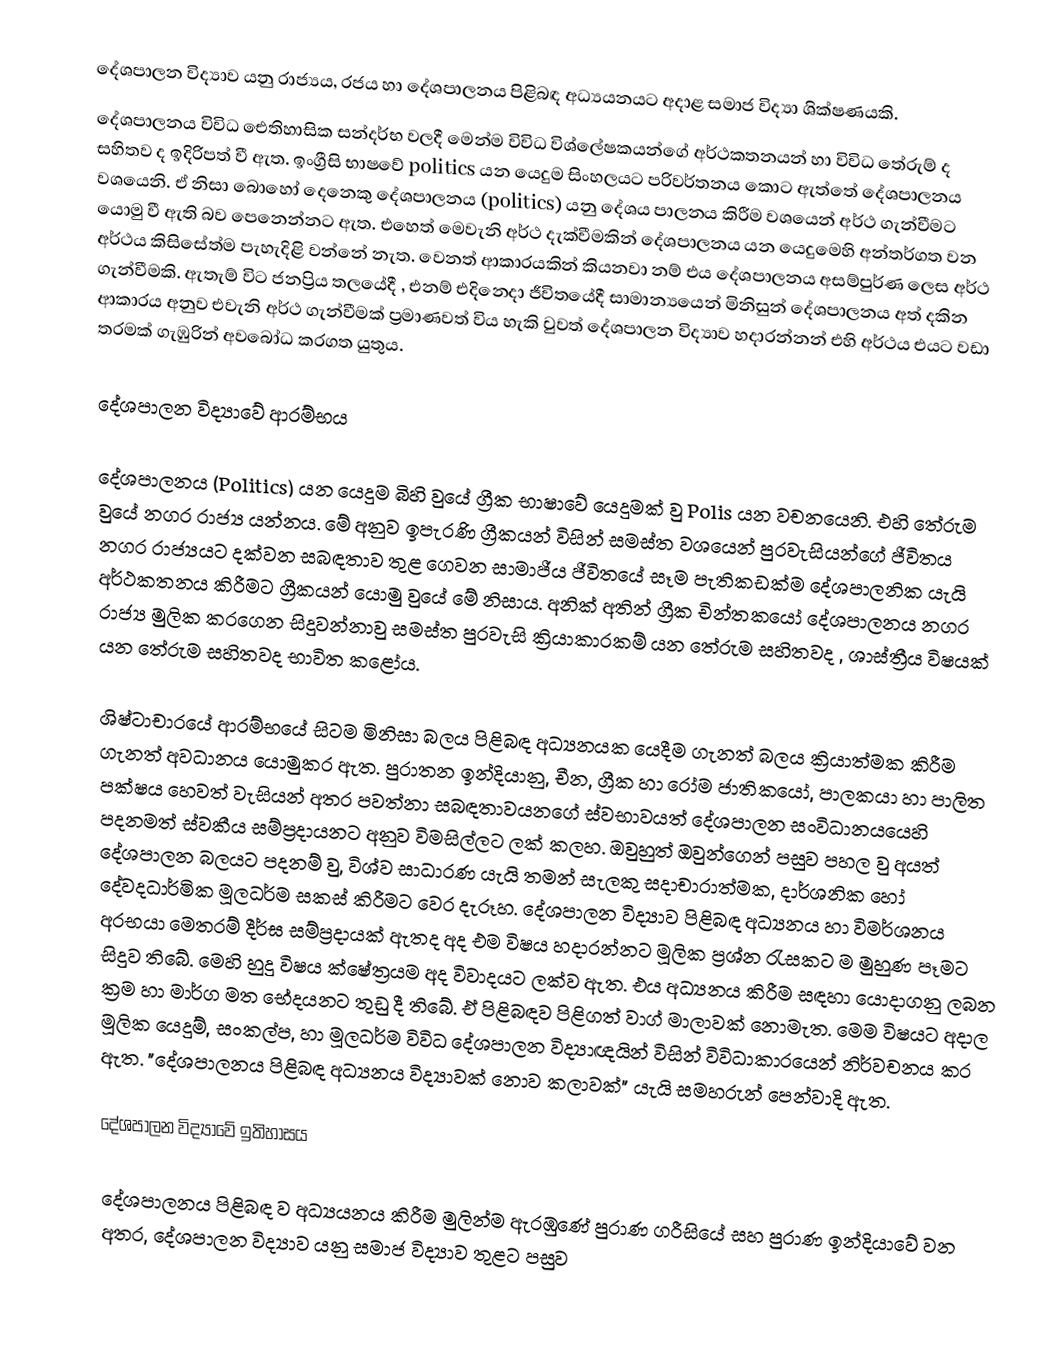
දේශපාලන විද්‍යාව යනු රාජ්‍යය, රජය හා දේශපාලනය පිළිබඳ අධ්‍යයනයට අදාළ   සමාජ විද්‍යා ශික්ෂණයකි.
දේශපාලනය විවිධ ඓතිහාසික සන්දර්භ වලදී මෙන්ම විවිධ විශ්ලේෂකයන්ගේ අර්ථකතනයන් හා විවිධ තේරුම් ද සහිතව ද ඉදිරිපත් වී ඇත. ඉංග්‍රීසි භාෂවේ politics යන යෙදුම සිංහලයට පරිවර්තනය කොට ඇත්තේ දේශපාලනය වශයෙනි. ඒ නිසා බොහෝ දෙනෙකු දේශපාලනය (politics) යනු දේශය පාලනය කිරීම වශයෙන් අර්ථ ගැන්වීමට යොමු වී ඇති බව පෙනෙන්නට ඇත. එහෙත් මෙවැනි අර්ථ දැක්වීමකින් දේශපාලනය යන යෙදුමෙහි අන්තර්ගත වන අර්ථය කිසිසේත්ම පැහැදිළි වන්නේ නැත. වෙනත් ආකාරයකින් කියනවා නම් එය දේශපාලනය අසම්පුර්ණ ලෙස අර්ථ ගැන්වීමකි. ඇතැම් විට ජනප්‍රිය තලයේදී , එනම් එදිනෙදා ජීවිතයේදී සාමාන්‍යයෙන් මිනිසුන් දේශපාලනය අත් දකින ආකාරය අනුව එවැනි අර්ථ ගැන්වීමක් ප්‍රමාණවත් විය හැකි වුවත් දේශපාලන විද්‍යාව හදාරන්නන් එහි අර්ථය එයට වඩා තරමක් ගැඹුරින් අව‍බෝධ කරගත යුතුය.

දේශපාලන විද්‍යාවේ ආරම්භය

දේශපාලනය (Politics) යන යෙදුම බිහි වුයේ ග්‍රීක භාෂාවේ යෙදුමක් වු Polis යන වචනයෙනි. එහි තේරුම වුයේ නගර රාජ්‍ය යන්නය. මේ අනුව ඉපැරණි ග්‍රීකයන් විසින් සමස්ත වශයෙන් පුරවැසියන්ගේ ජීවිතය නගර රාජ්‍යයට දක්වන සබඳතාව තුළ ගෙවන සාමාජීය ජීවිතයේ සෑම පැතිකඩක්ම දේශපාලනික යැයි අර්ථකතනය කිරීමට ග්‍රීකයන් යොමු වුයේ මේ නිසාය. අනික් අතින් ග්‍රීක චින්තකයෝ දේශපාලනය නගර රාජ්‍ය මුලික කරගෙන සිදුවන්නාවු සමස්ත පුරවැසි ක්‍රියාකාරකම් යන තේරුම සහිතවද , ශාස්ත්‍රීය විෂයක් යන තේරුම සහිතවද භාවිත කළෝය.

ශිෂ්ටාචාරයේ ආරම්භයේ සිටම මිනිසා බලය පිළිබඳ අධ්‍යනයක යෙදීම ගැනත් බලය ක්‍රියාත්මක කිරීම ගැනත් අවධානය යොමුකර ඇත. පුරාතන ඉන්දියානු, චීන, ග්‍රීක හා රෝම ජාතිකයෝ, පාලකයා හා පාලිත පක්ෂය හෙවත් වැසියන් අතර පවත්නා සබඳතාවයනගේ ස්වභාවයත් දේශපාලන සංවිධානයයෙහි පදනමත් ස්වකීය සම්ප්‍රදායනට අනුව විමසිල්ලට ලක් කලහ. ඔවුහුත් ඔවුන්ගෙන් පසුව පහල වු අයත් දේශපාලන බලයට පදනම් වු, විශ්ව සාධාරණ යැයි තමන් සැලකු සදාචාරාත්මක, දාර්ශනික හෝ දේවදධාර්මික මූලධර්ම සකස් කිරීමට වෙර දැරූහ. දේශපාලන විද්‍යාව පිළිබඳ අධ්‍යනය හා විමර්ශනය අරභයා මෙතරම් දීර්ඝ සම්ප්‍රදායක් ඇතද අද එම විෂය හදාරන්නට මූලික ප්‍රශ්න රැසකට ම මුහුණ පෑමට සිදුව තිබේ. මෙහි හුදු විෂය ක්ෂේත්‍රයම අද විවාදයට ලක්ව ඇත. එය අධ්‍යනය කිරීම සඳහා යොදාගනු ලබන ක්‍රම හා මාර්ග මත භේදයනට තුඩු දී තිබේ. ඒ පිළිබඳව පිළිගත් වාග් මාලාවක් නොමැත. මෙම විෂයට අදාල මූලික යෙදුම්, සංකල්ප, හා මූලධර්ම විවිධ දේශපාලන විද්‍යාඥයින් විසින් විවිධාකාරයෙන් නිර්වචනය කර ඇත. "දේශපාලනය පිළිබඳ අධ්‍යනය විද්‍යාවක් නොව කලාවක්" යැයි සමහරුන් පෙන්වාදි ඇත.

දේශපාලන විද්‍යාවේ ඉතිහාසය

දේශපාලනය පිළිබඳ ව අධ්‍යයනය කිරීම මුලින්ම ඇරඹුණේ පුරාණ ග‍්‍රීසියේ සහ පුරාණ ඉන්දියාවේ වන අතර, දේශපාලන විද්‍යාව යනු සමාජ විද්‍යාව තුළට පසුව